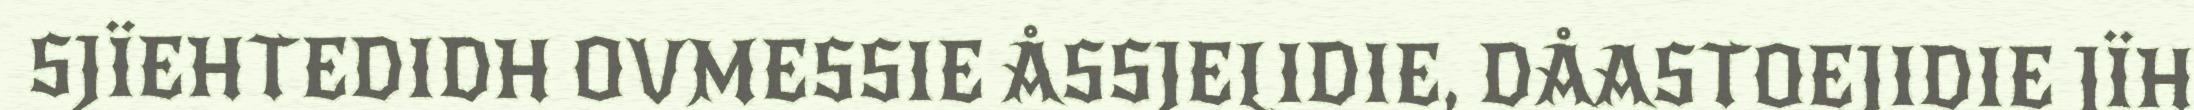
SJÏEHTEDIDH OVMESSIE ÅSSJELIDIE, DÅASTOEJIDIE JÏH